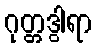
ဂုတ္တဒွါရာ